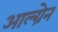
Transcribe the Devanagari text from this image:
आल्ग्रेन